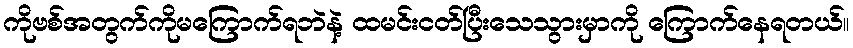
ကိုဗစ်အတွက်ကိုမကြောက်ရဘဲနဲ့ ထမင်းငတ်ပြီးသေသွားမှာကို ကြောက်နေရတယ်။